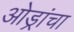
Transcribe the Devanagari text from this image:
ओड्रांचा